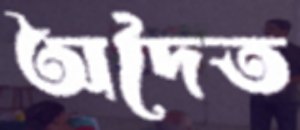
অদৈত